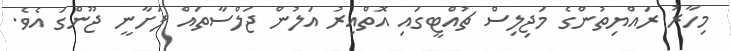
މިހާރު ރައްޔިތުންގެ މަޖިލިސް ޗުއްޓީގައި އޮތްއިރު އަލުން ޖަލްސާތައް ފަށާނީ ޖޫންގަ އެވެ.